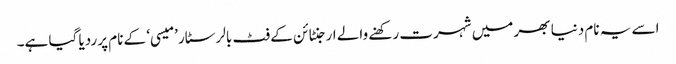
اسے یہ نام دنیا بھر میں شہرت رکھنے والے ارجنٹائن کے فٹ بالر سٹار ’میسی‘ کے نام پر ردیا گیا ہے۔